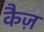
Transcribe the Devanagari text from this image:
कैज़